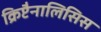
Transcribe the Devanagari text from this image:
क्रिप्टैनालिसिस